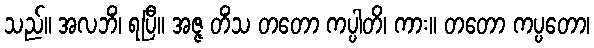
သည်။ အလဘိံ၊ ရပြီ။ အဇ္ဇ တိံသ တတော ကပ္ပါတိ၊ ကား။ တတော ကပ္ပတော၊